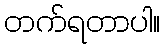
တက်ရတာပါ။